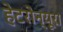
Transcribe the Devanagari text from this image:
हेटरोन्यूरा